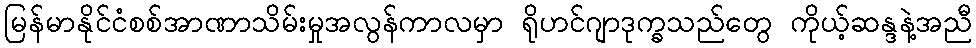
မြန်မာနိုင်ငံစစ်အာဏာသိမ်းမှုအလွန်ကာလမှာ ရိုဟင်ဂျာဒုက္ခသည်တွေ ကိုယ့်ဆန္ဒနဲ့အညီ